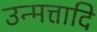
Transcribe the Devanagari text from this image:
उन्मत्तादि